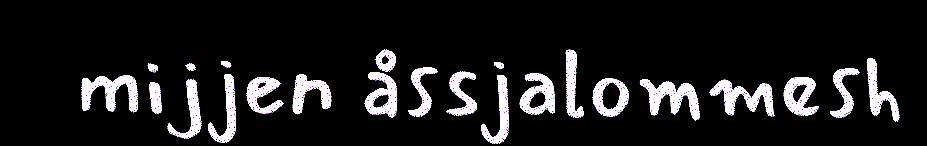
mijjen åssjalommesh